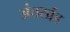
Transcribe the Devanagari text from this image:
अंतर्खंड